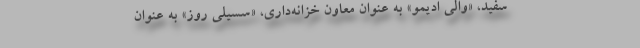
سفید، «والی ادیمو» به عنوان معاون خزانه‌داری، «سسیلی روز» به عنوان